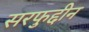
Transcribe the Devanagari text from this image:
सरफुद्दीन